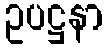
ဥပဋ္ဌနာ